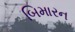
બિમારન